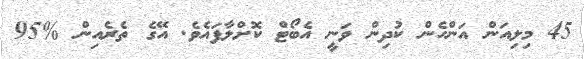
45 މިލިއަން އަންހެން ކުދިން ވަނީ އެބޯޓް ކޮށްލާފައެވެ. އޭގެ ތެރެއިން %95